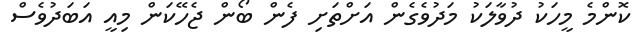
ކޮންމެ މީހަކު ދުވާލަކު މަދުވެގެން އަށްތަށި ފެން ބޯން ޖެހޭކަން މިއީ އަބަދުވެސް